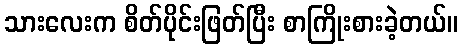
သားလေးက စိတ်ပိုင်းဖြတ်ပြီး စာကြိုးစားခဲ့တယ်။